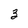
Character: 3